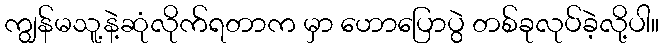
ကျွန်မသူ့နဲ့ဆုံလိုက်ရတာက မှာ ဟောပြောပွဲ တစ်ခုလုပ်ခဲ့လို့ပါ။